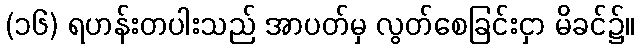
(၁၆) ရဟန်းတပါးသည် အာပတ်မှ လွတ်စေခြင်းငှာ မိခင်၌။